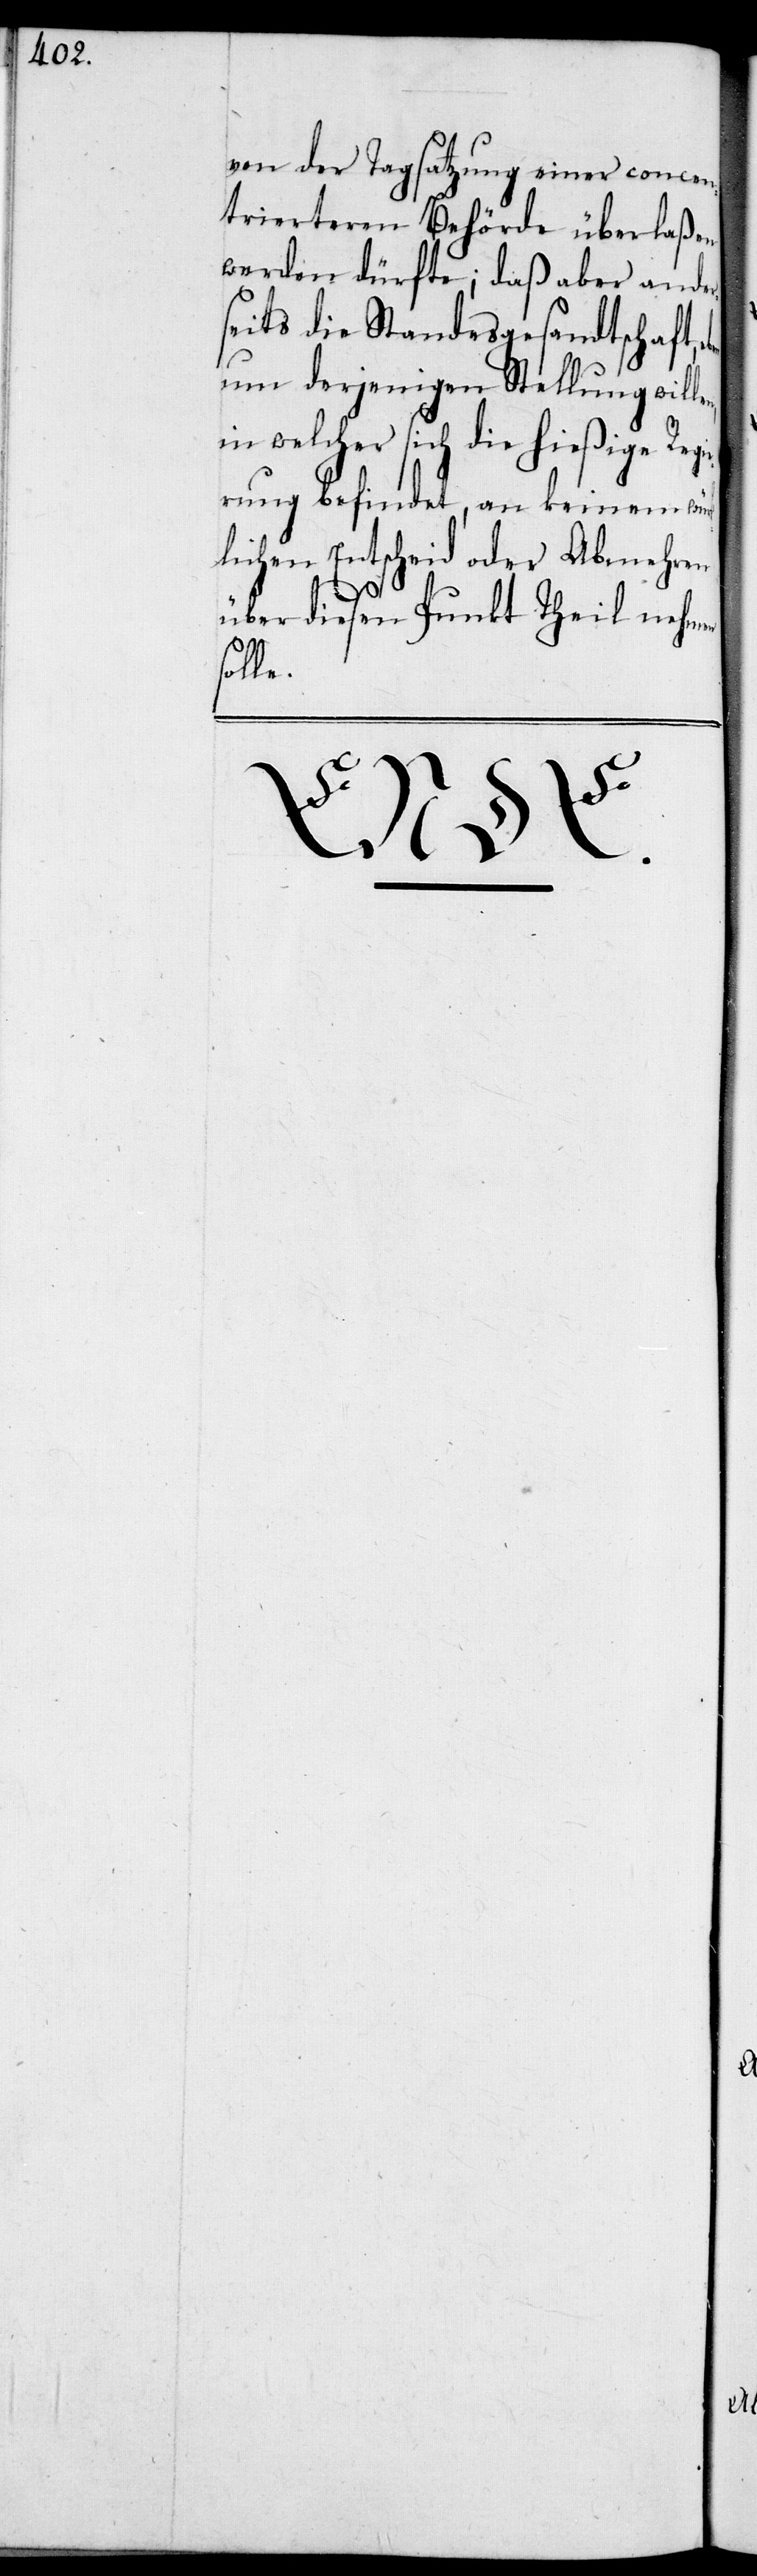
von der Tagsatzung einer concen¬
trierteren Behörde überlaßen
werden dürfte; daß aber ander¬
seits die Standesgesandtschaft,
um diejenigen Stellung
welcher sich die hießigen Re¬
rung befindet, an keinem wür¬
klichen Entscheid oder
Abmehren
über diesen Punkt Theil neh¬
solle.
men